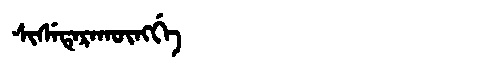
Manchu: ᠰᡳᠰᡝᡨᡝᡵᠠᡴᡡᠩᡤᡝ
Romanization: SISETERAKŪNGGE